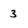
Character: 3